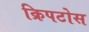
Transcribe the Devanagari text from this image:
क्रिपटोस